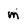
Character: m